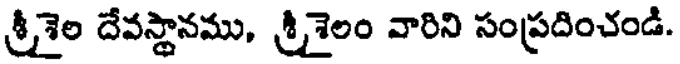
శ్రీశైల దేవస్థానము, శ్రీశైలం వారిని సంప్రదించండి.